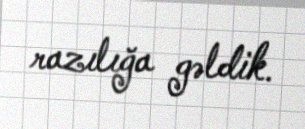
razılığa gəldik.